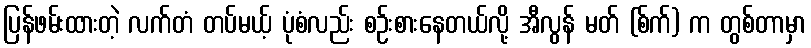
ပြန်ဖမ်းထားတဲ့ လက်တံ တပ်မယ့် ပုံစံလည်း စဉ်းစားနေတယ်လို့ အီလွန် မတ် (စ်က်) က တွစ်တာမှာ